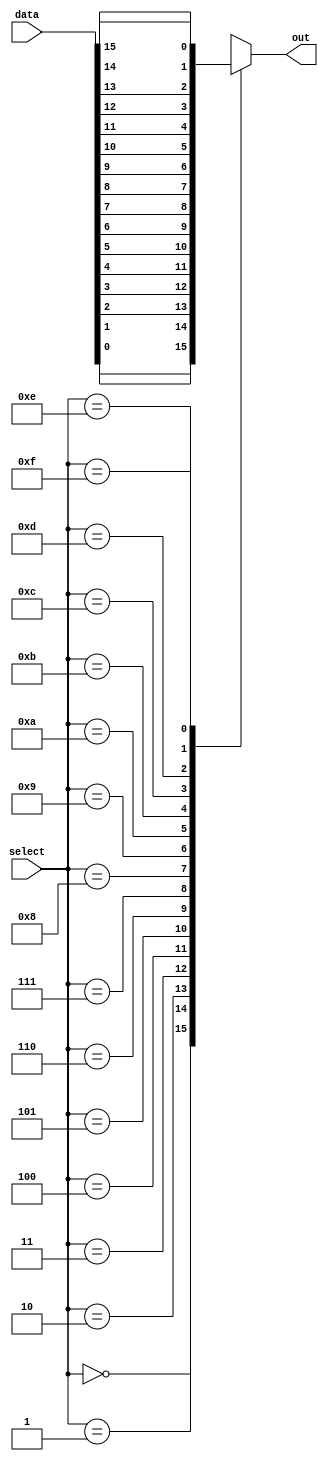
module mux16x1(
   input [15:0] data,
   input [3:0] select,
   output reg out
);

always @(*)
begin
   case(select)
      4'b0000: out = data[0];
      4'b0001: out = data[1];
      4'b0010: out = data[2];
      4'b0011: out = data[3];
      4'b0100: out = data[4];
      4'b0101: out = data[5];
      4'b0110: out = data[6];
      4'b0111: out = data[7];
      4'b1000: out = data[8];
      4'b1001: out = data[9];
      4'b1010: out = data[10];
      4'b1011: out = data[11];
      4'b1100: out = data[12];
      4'b1101: out = data[13];
      4'b1110: out = data[14];
      4'b1111: out = data[15];
   endcase
end

endmodule